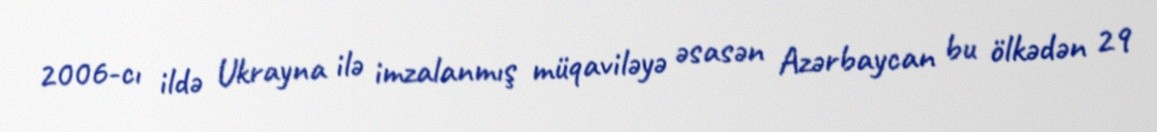
2006-cı ildə Ukrayna ilə imzalanmış müqaviləyə əsasən Azərbaycan bu ölkədən 29